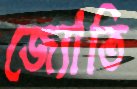
জ্যোতি